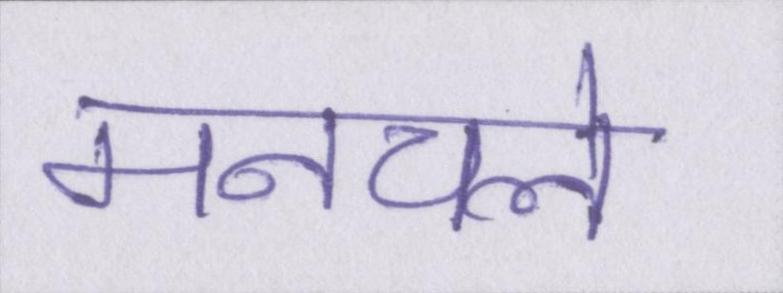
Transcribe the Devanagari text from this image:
मनचले